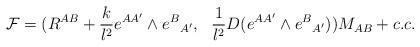
LaTeX: \begin{align*}{\cal F} =(R^{AB} + {k\over l^2} e^{AA'}\wedge e^B{}_{A'},~~ {1\over l^2}D (e^{AA'}\wedge e^B{}_{A'}) ) M_{AB} +c.c.\end{align*}